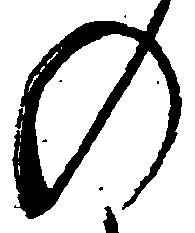
の